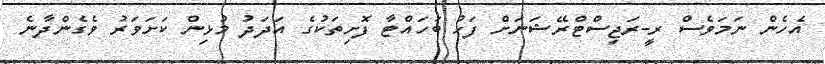
އެހެން ނަމަވެސް ރީ-ރަޖިސްޓްރޭޝަނަށް ފަހު ބަހައްޓާ ފޮށިތަކުގެ އަދަދު މުޅިން ކަށަވަރު ވެގެންދާނެ